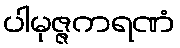
ပါမုဇ္ဇကရဏံ